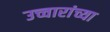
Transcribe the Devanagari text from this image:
उच्चारांच्या